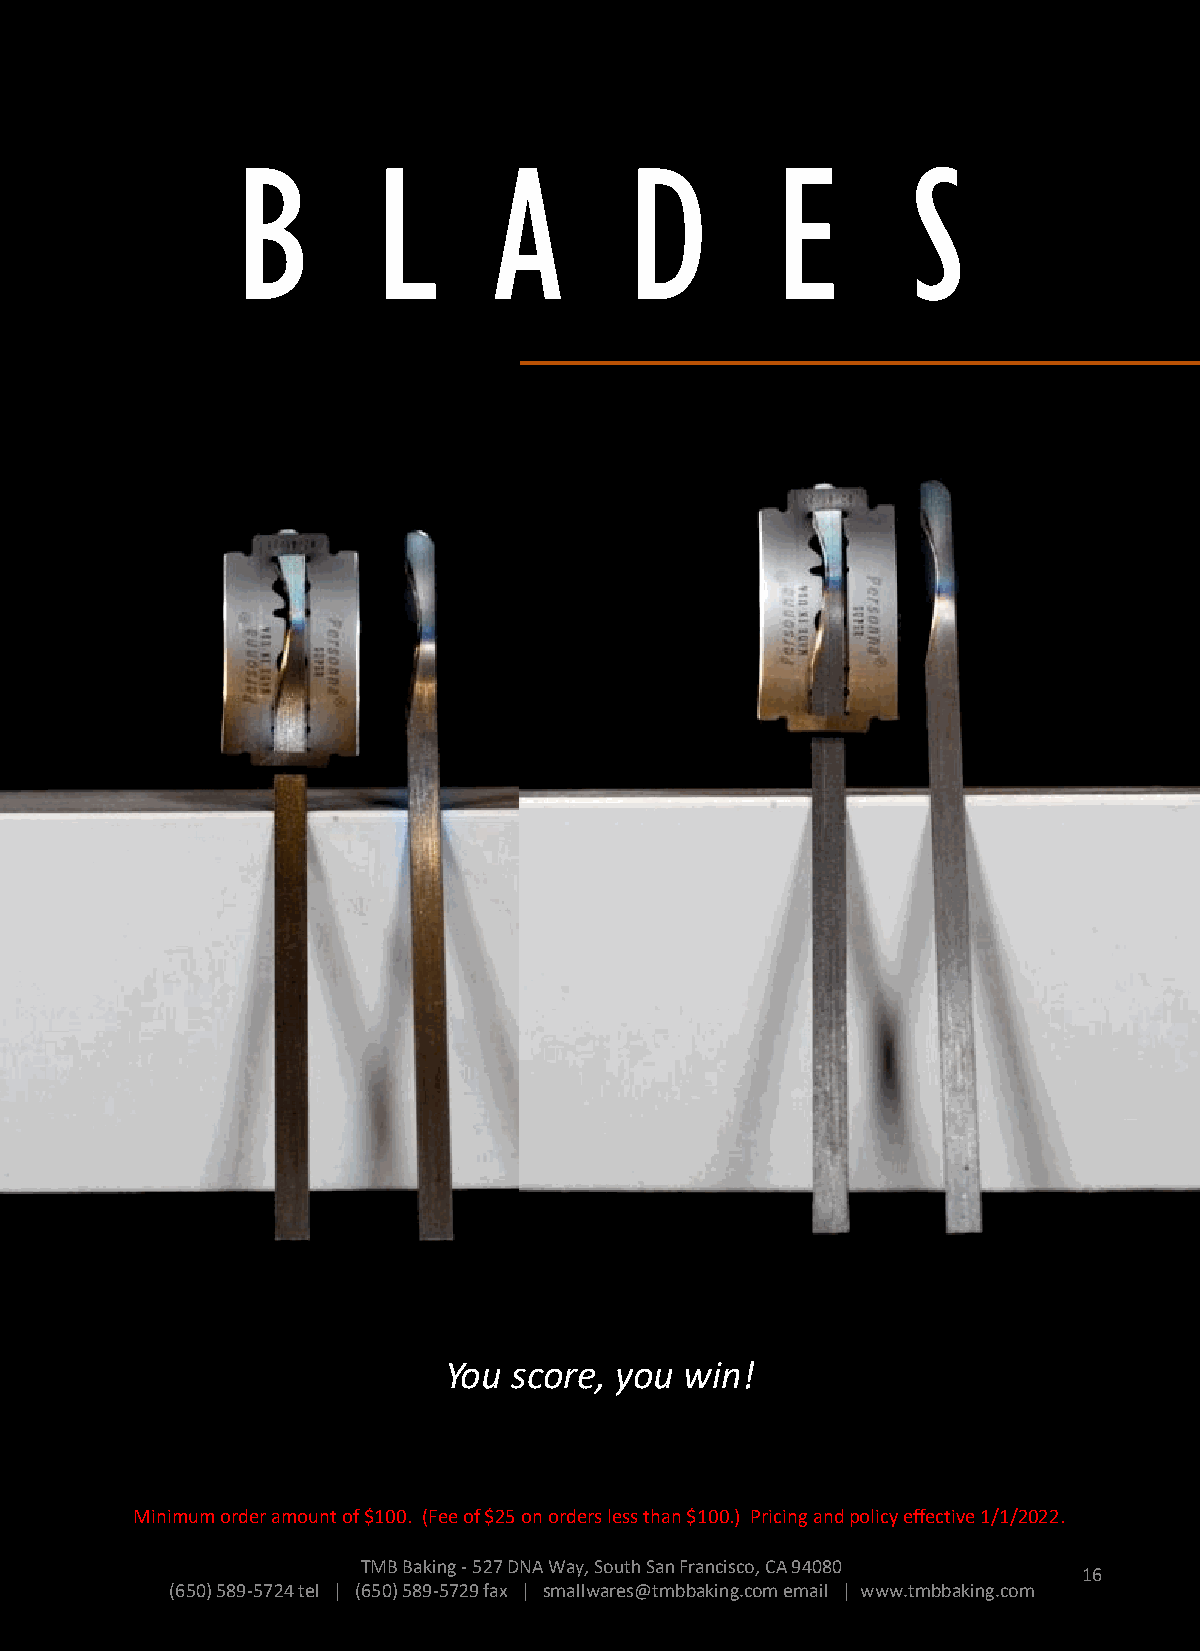
B        L       A        D        E        S
 Razor  blades
 You  score, you win!
 Minimum order amount of $100. (Fee of $25 on orders less than $100.) Pricing and policy effective 1/1/2022.
 TMB Baking -527 DNA Way, South San Francisco, CA 94080
 16
 (650) 589-5724 tel | (650) 589-5729 fax | smallwares@tmbbaking.com email | www.tmbbaking.com